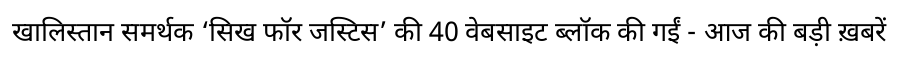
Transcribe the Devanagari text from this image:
खालिस्तान समर्थक ‘सिख फॉर जस्टिस’ की 40 वेबसाइट ब्लॉक की गईं - आज की बड़ी ख़बरें